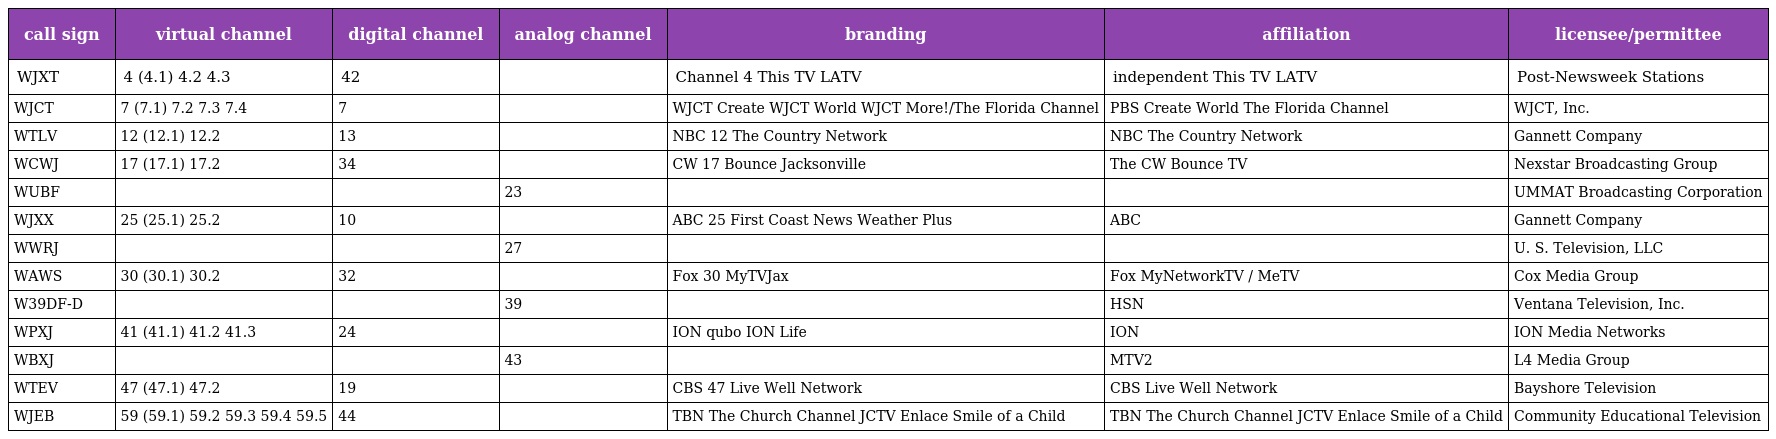
| call sign | virtual channel | digital channel | analog channel | branding | affiliation | licensee/permittee |
 | --- | --- | --- | --- | --- | --- | --- |
 | WJXT | 4 (4.1) 4.2 4.3 | 42 |  | Channel 4 This TV LATV | independent This TV LATV | Post-Newsweek Stations |
 | WJCT | 7 (7.1) 7.2 7.3 7.4 | 7 |  | WJCT Create WJCT World WJCT More!/The Florida Channel | PBS Create World The Florida Channel | WJCT, Inc. |
 | WTLV | 12 (12.1) 12.2 | 13 |  | NBC 12 The Country Network | NBC The Country Network | Gannett Company |
 | WCWJ | 17 (17.1) 17.2 | 34 |  | CW 17 Bounce Jacksonville | The CW Bounce TV | Nexstar Broadcasting Group |
 | WUBF |  |  | 23 |  |  | UMMAT Broadcasting Corporation |
 | WJXX | 25 (25.1) 25.2 | 10 |  | ABC 25 First Coast News Weather Plus | ABC | Gannett Company |
 | WWRJ |  |  | 27 |  |  | U. S. Television, LLC |
 | WAWS | 30 (30.1) 30.2 | 32 |  | Fox 30 MyTVJax | Fox MyNetworkTV / MeTV | Cox Media Group |
 | W39DF-D |  |  | 39 |  | HSN | Ventana Television, Inc. |
 | WPXJ | 41 (41.1) 41.2 41.3 | 24 |  | ION qubo ION Life | ION | ION Media Networks |
 | WBXJ |  |  | 43 |  | MTV2 | L4 Media Group |
 | WTEV | 47 (47.1) 47.2 | 19 |  | CBS 47 Live Well Network | CBS Live Well Network | Bayshore Television |
 | WJEB | 59 (59.1) 59.2 59.3 59.4 59.5 | 44 |  | TBN The Church Channel JCTV Enlace Smile of a Child | TBN The Church Channel JCTV Enlace Smile of a Child | Community Educational Television |